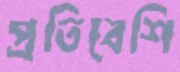
প্রতিবেশি